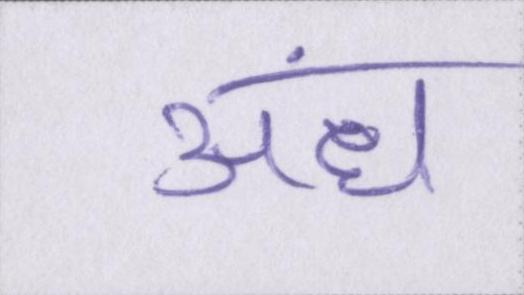
अंध